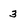
Character: 3